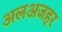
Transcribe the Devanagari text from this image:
अलअजहर